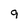
Character: 9